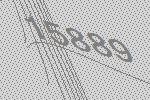
15889